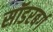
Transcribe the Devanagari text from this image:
सॉडरबर्ग